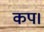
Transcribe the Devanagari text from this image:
कप।